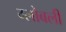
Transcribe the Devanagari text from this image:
ग्लोबली